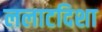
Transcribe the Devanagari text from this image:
ललाटदिशा